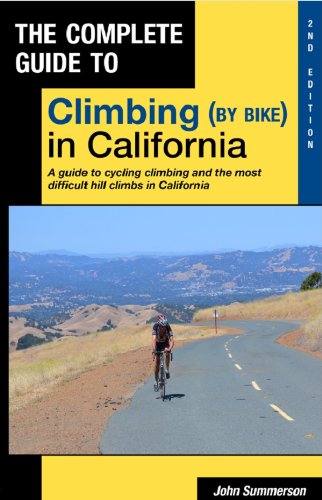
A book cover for Complete Guide to Climbing (by Bike) in California 2nd Edition; John Summerson; Sports & Outdoors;